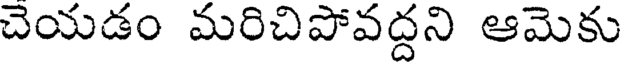
చెయడం మరిచిపోవద్దని ఆమెకు